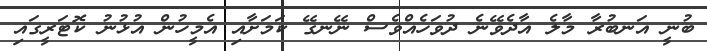
ބުނީ އަނބުރާ މާލެ އާދެވޭނެ ދުވަހެއްވެސް ނޭނގޭ ކަމަށާއި އެމީހުން އުޅުނު ކޮޓަރީގައި